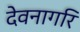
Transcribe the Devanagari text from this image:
देवनागरि